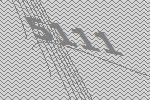
5111